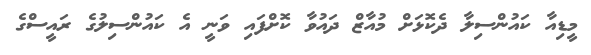
މީޑިއާ ކައުންސިލާ ދެކޮޅަށް މުއާޒް ދައުވާ ކޮށްފައި ވަނީ އެ ކައުންސިލުގެ ރައީސްގެ